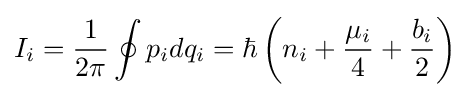
I_{i}={\frac {1}{2\pi }}\oint p_{i}dq_{i}=\hbar \left(n_{i}+{\frac {\mu _{i}}{4}}+{\frac {b_{i}}{2}}\right)